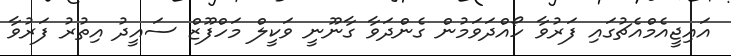
އައިޖީއެމްއެޗުގައި ފަރުވާ ހޯއްދަވަމުން ގެންދަވާ ގާނޫނީ ވަކީލް މަހްފޫޒް ސައީދު އިތުރު ފަރުވާ